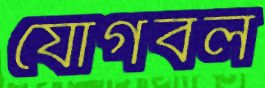
যোগবল